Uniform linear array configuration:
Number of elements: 8
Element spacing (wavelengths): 1
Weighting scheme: blackman
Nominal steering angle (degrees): -15
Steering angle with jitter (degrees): -16.809
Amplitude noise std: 0.05
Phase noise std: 0.05

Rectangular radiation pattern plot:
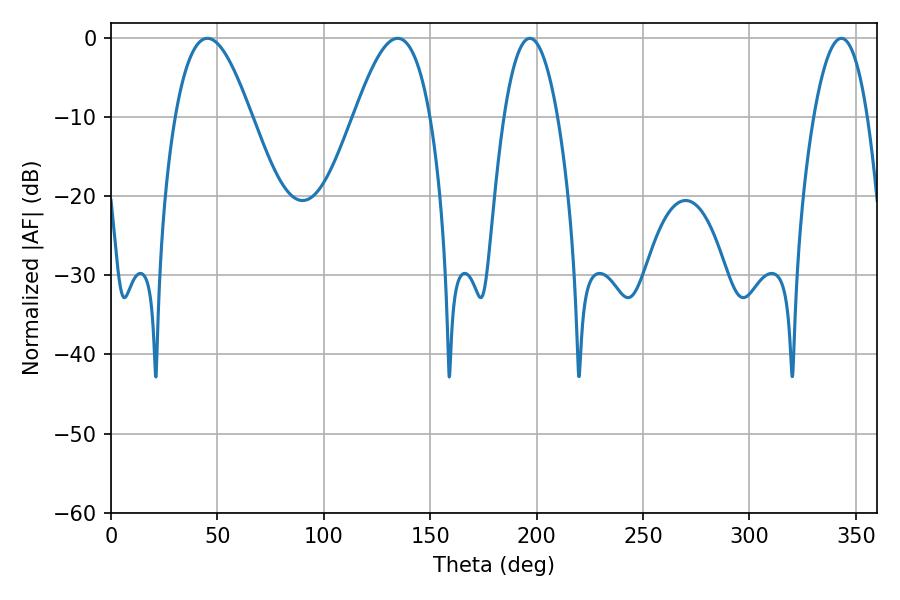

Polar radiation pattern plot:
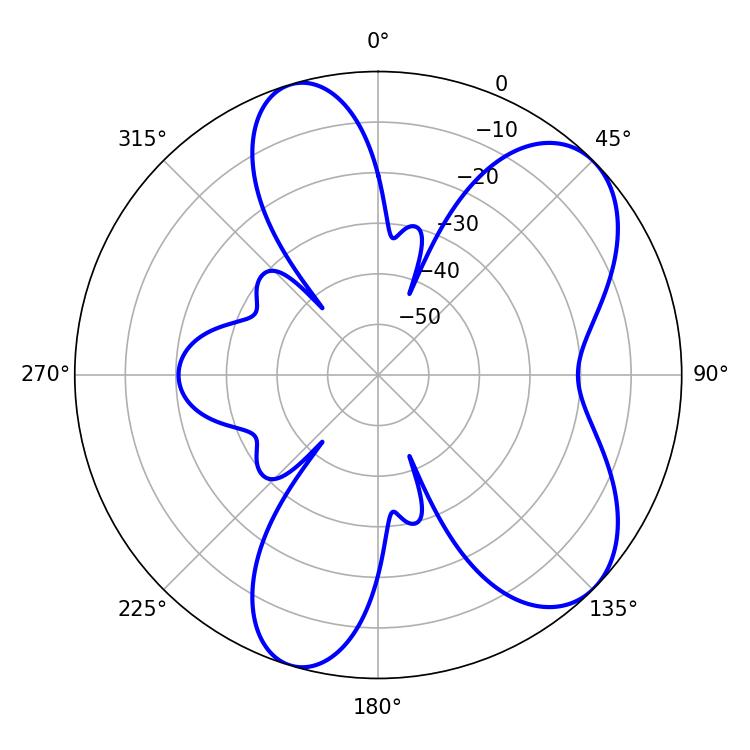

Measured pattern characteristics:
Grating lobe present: TRUE
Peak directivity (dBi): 7.167
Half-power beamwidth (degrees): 19.26
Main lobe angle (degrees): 45.36